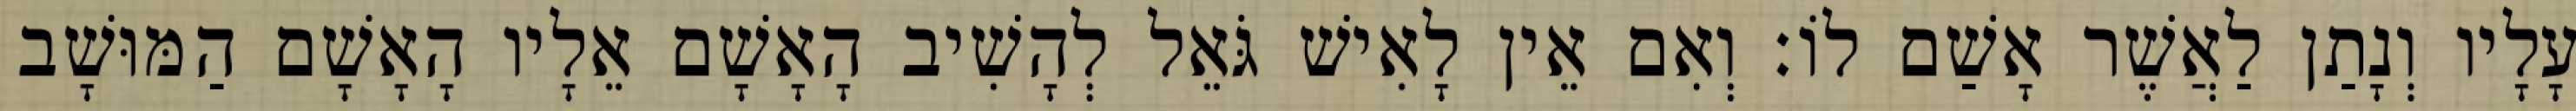
עָלָיו וְנָתַן לַאֲשֶׁר אָשַׁם לוֹ׃ וְאִם אֵין לָאִישׁ גֹּאֵל לְהָשִׁיב הָאָשָׁם אֵלָיו הָאָשָׁם הַמּוּשָׁב